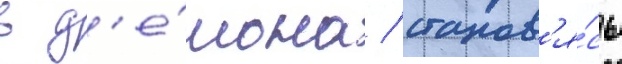
в д'е́мона / станов'я́сь